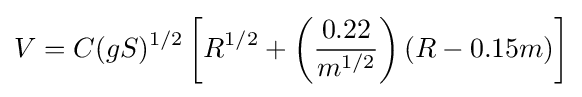
V=C(gS)^{1/2}\left[R^{1/2}+\left({\dfrac {0.22}{m^{1/2}}}\right)\left(R-0.15m\right)\right]